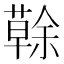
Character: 𦾠